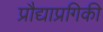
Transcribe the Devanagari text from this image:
प्रौद्याप्रगिकी